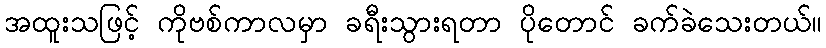
အထူးသဖြင့် ကိုဗစ်ကာလမှာ ခရီးသွားရတာ ပိုတောင် ခက်ခဲသေးတယ်။